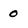
Character: 0